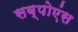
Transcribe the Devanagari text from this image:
सब्पोएंस